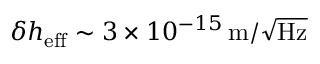
\delta h _ { \mathrm { e f f } } \sim 3 \times 1 0 ^ { - 1 5 } \, \mathrm { m } / \sqrt { \mathrm { H z } }